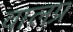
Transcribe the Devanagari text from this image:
वालप्र